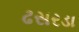
ઢસરડા